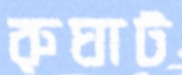
রুঘাট